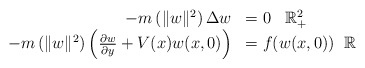
\begin{align*}\begin{array}{rlll}-m\left( \| w\|^2 \right)\Delta w &=0 \; \; \; \mathbb R^{2}_{+}\\-m\left( \| w\|^2 \right)\left(\frac{\partial w}{\partial y}+V(x)w(x,0)\right)&= f(w(x,0))\; \; \mathbb R\end{array}\end{align*}